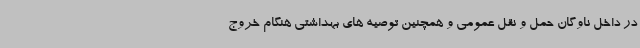
در داخل ناوگان حمل و نقل عمومی و همچنین توصیه های بهداشتی هنگام خروج